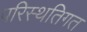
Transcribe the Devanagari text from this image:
परिस्थतिगत